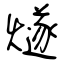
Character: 燧